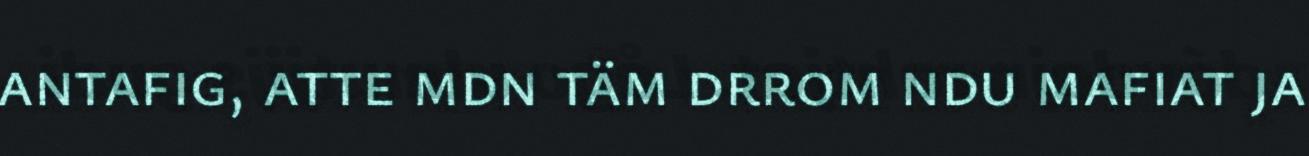
antafig, atte mdn täm drrom ndu mafiat ja